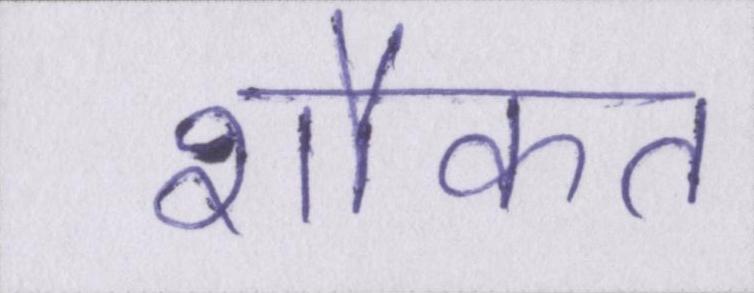
शौकत